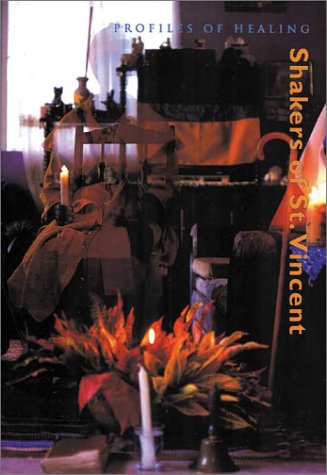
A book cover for Shakers of St. Vincent (Profiles in Healing series); Christian Books & Bibles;